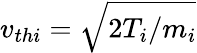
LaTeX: v_{thi}=\sqrt{2T_{i}/m_{i}}